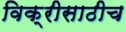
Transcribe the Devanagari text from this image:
विक्रीसाठीच